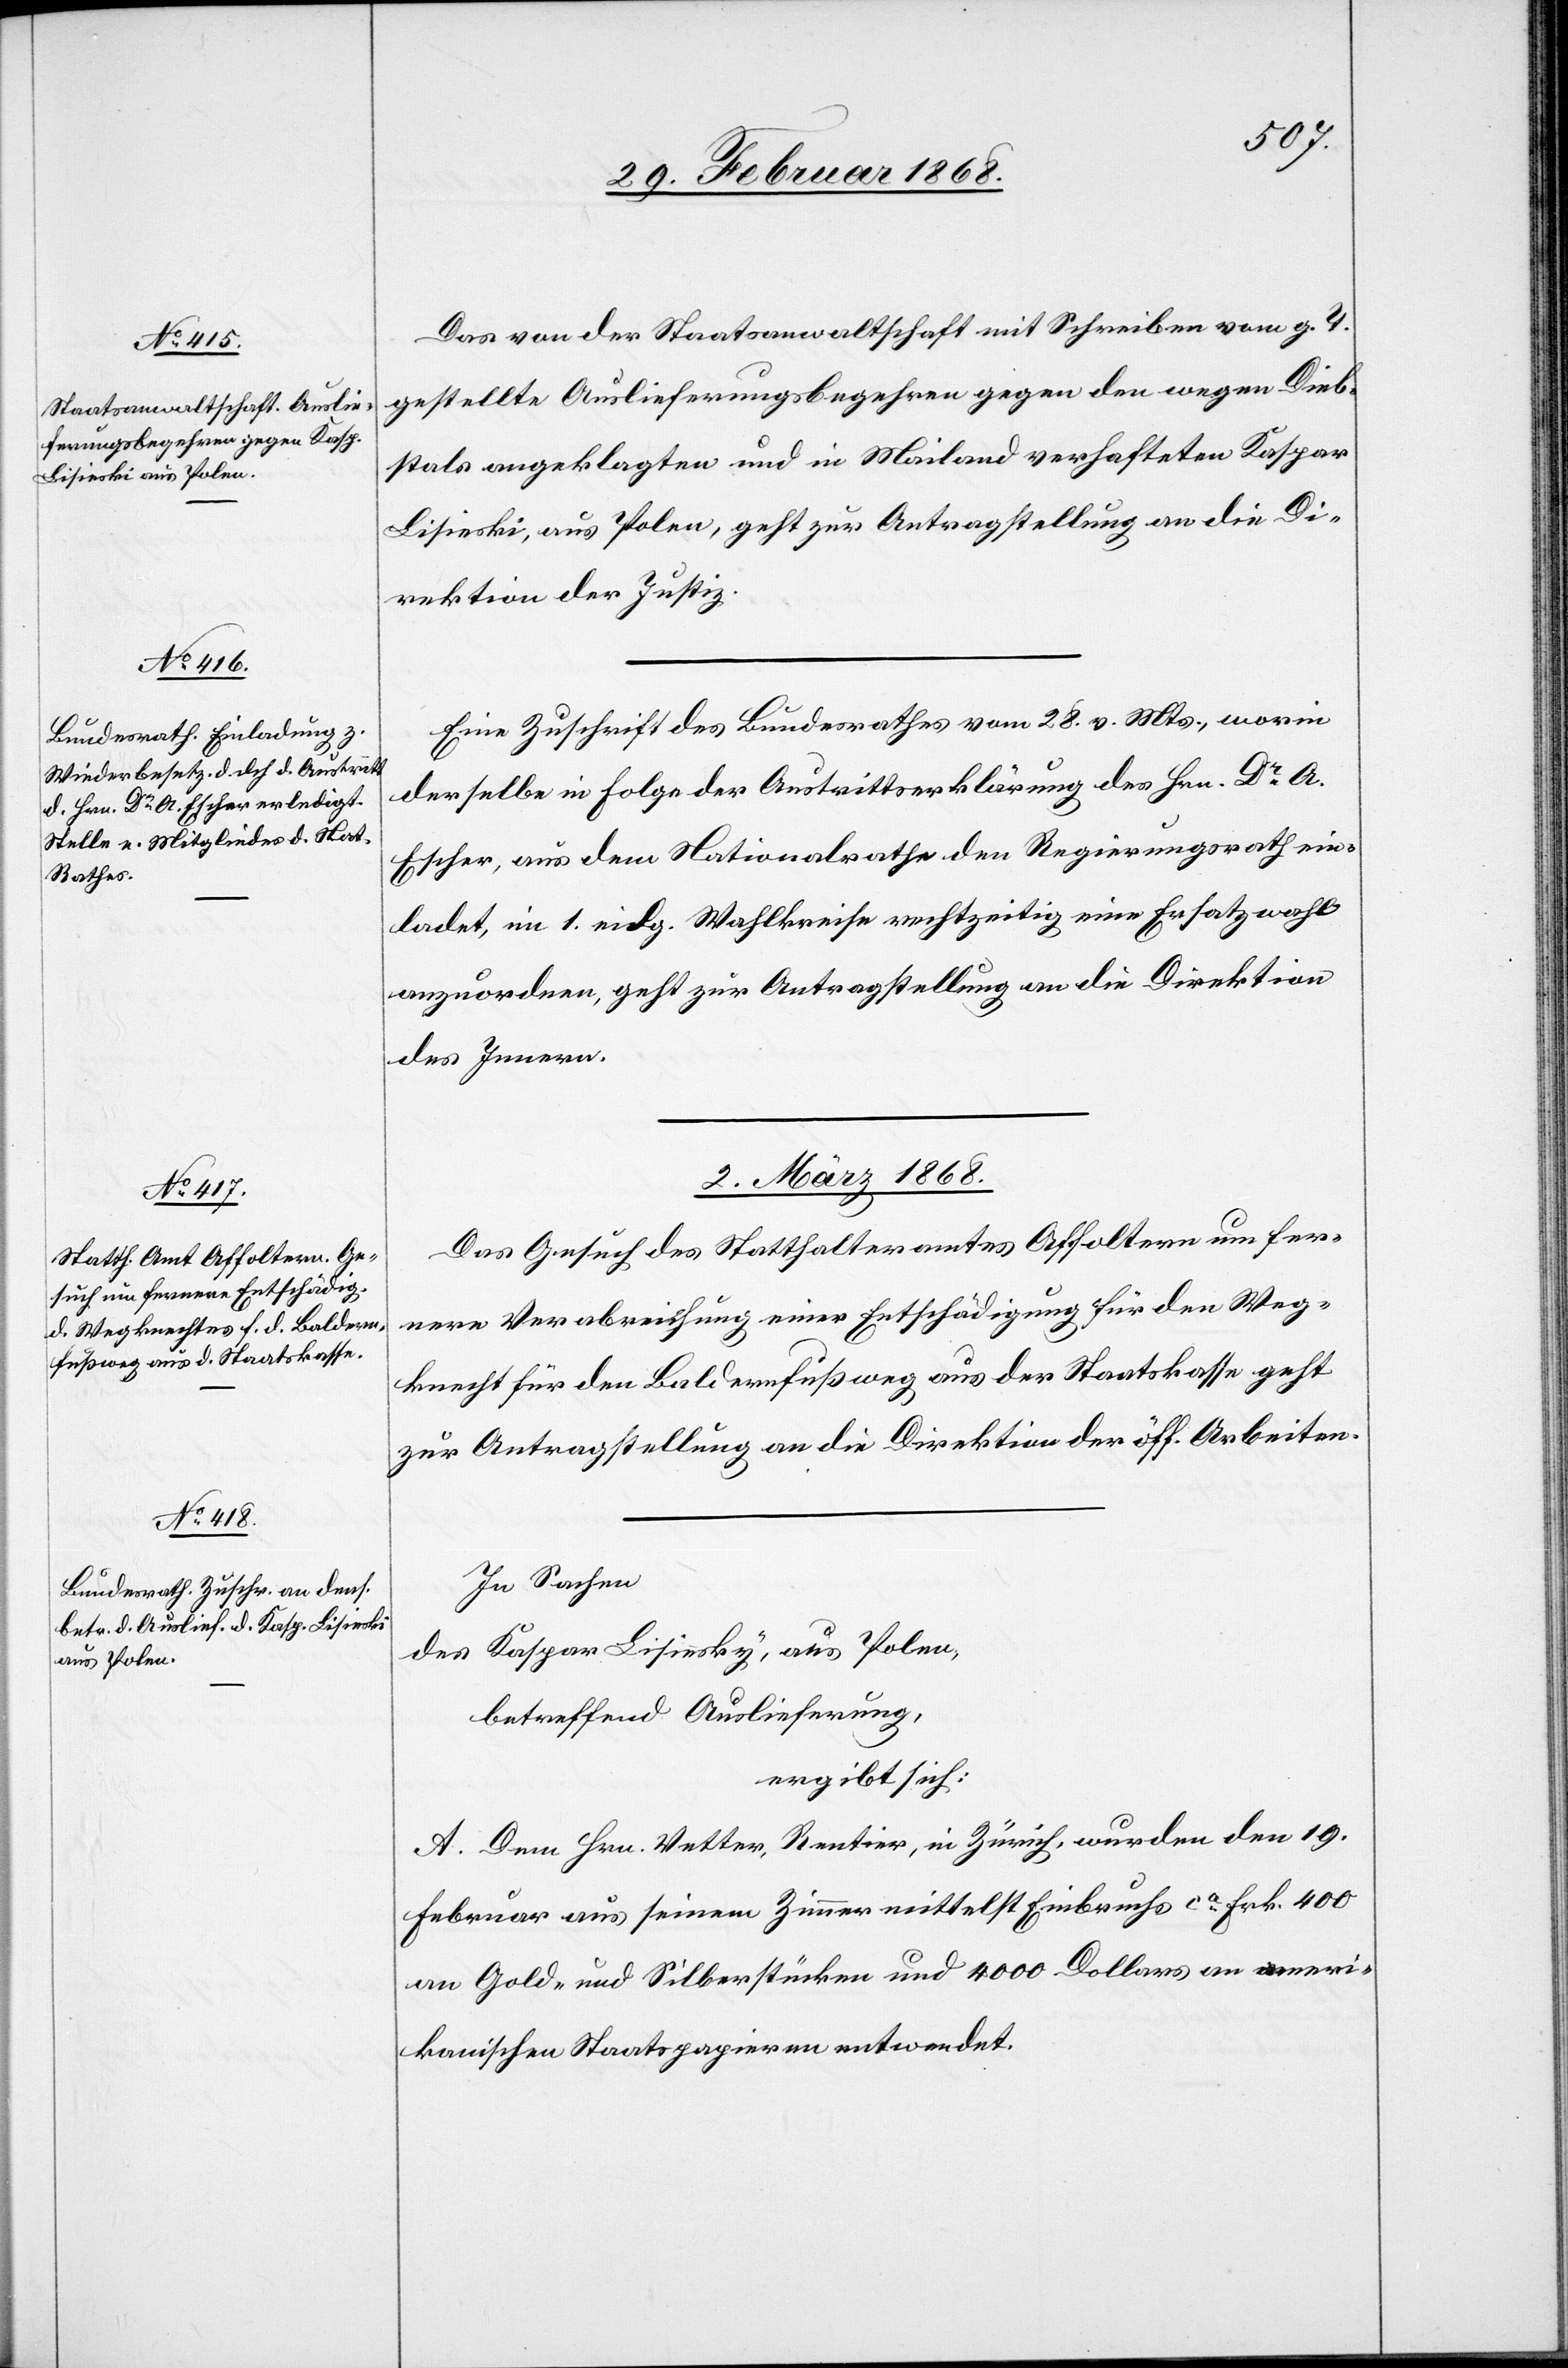
Das von der Staatsanwaltschaft mit Schreiben vom g. T.
gestellte Auslieferungsbegehren gegen den wegen Dieb¬
stals angeklagten und in Mailand verhafteten Kaspar
Lisieski, aus Polen, geht zur Antragstellung an die Di¬
rektion der Justiz.
Eine Zuschrift des Bundesrathes vom 28. v. Mts., worin
derselbe in Folge der Austrittserklärung des Hrn. Dr. A.
Escher, aus dem Nationalrathe den Regierungsrath ein¬
ladet, im 1. eidg. Wahlkreise rechtzeitig eine Ersatzwahl
anzuordnen, geht zur Antragstellung an die Direktion
des Innern.
2. März 1868.]
Das Gesuch des Statthalteramtes Affoltern um fer¬
nere Verabreichung einer Entschädigung für den Weg¬
knecht für den Baldernfußweg aus der Staatskasse geht
zur Antragstellung an die Direktion der öff. Arbeiten.
In Sachen
des Kaspar Lisiesky [sic!], aus Polen,
betreffend Auslieferung,
ergibt sich:
A. Dem Hrn. Vetter, Rentier, in Zürich, wurden den 19.
Februar aus seinem Zimmer mittelst Einbruchs ca. Frk. 400
an Gold- und Silberstücken und 4000 Dollars an ameri¬
kanischen Staatspapieren entwendet.